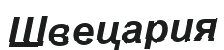
Швецария